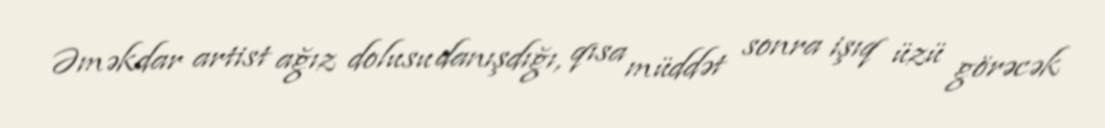
Əməkdar artist ağız dolusu danışdığı, qısa müddət sonra işıq üzü görəcək